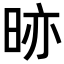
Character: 𭥼